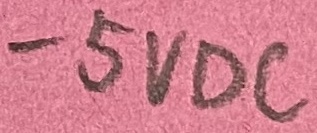
Text: -5VDC